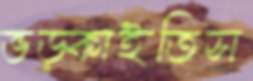
ভড়্‌কাইতিস